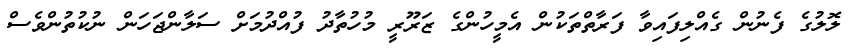
ލޮލުގެ ފެނުން ގެއްލިފައިވާ ފަރާތްތަކުން އެމީހުންގެ ޒަރޫރީ މުހުތާދު ފުއްދުމަށް ސަލާންޖަހަން ނުކުތުންވެސް